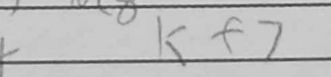
Transcription: Kf7